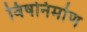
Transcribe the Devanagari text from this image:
विषनिर्माण